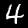
Digit: 4